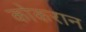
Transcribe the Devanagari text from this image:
कोकरान